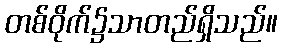
တစ်ဝိုက်၌သာတည်ရှိသည်။